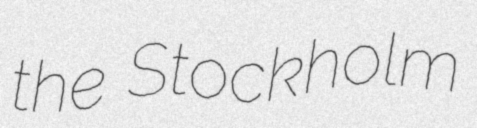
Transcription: the Stockholm